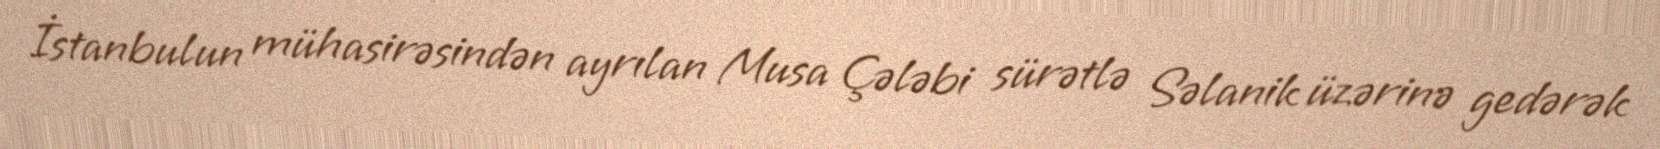
İstanbulun mühasirəsindən ayrılan Musa Çələbi sürətlə Səlanik üzərinə gedərək